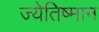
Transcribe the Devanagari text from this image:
ज्येतिष्मान